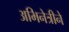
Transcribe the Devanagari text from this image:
अभिनेत्रीने